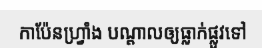
កាប៉ែនហ្វ្រាំង បណ្តាលឲ្យធ្លាក់ផ្លូវទៅ